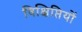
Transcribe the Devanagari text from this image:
विक्षिप्तियों